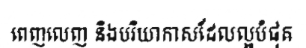
ពេញលេញ និងបរិយាកាសដែលល្អបំផុត